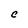
Character: C